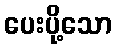
ပေးပို့သော